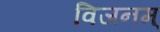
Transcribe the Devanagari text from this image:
विजनम्